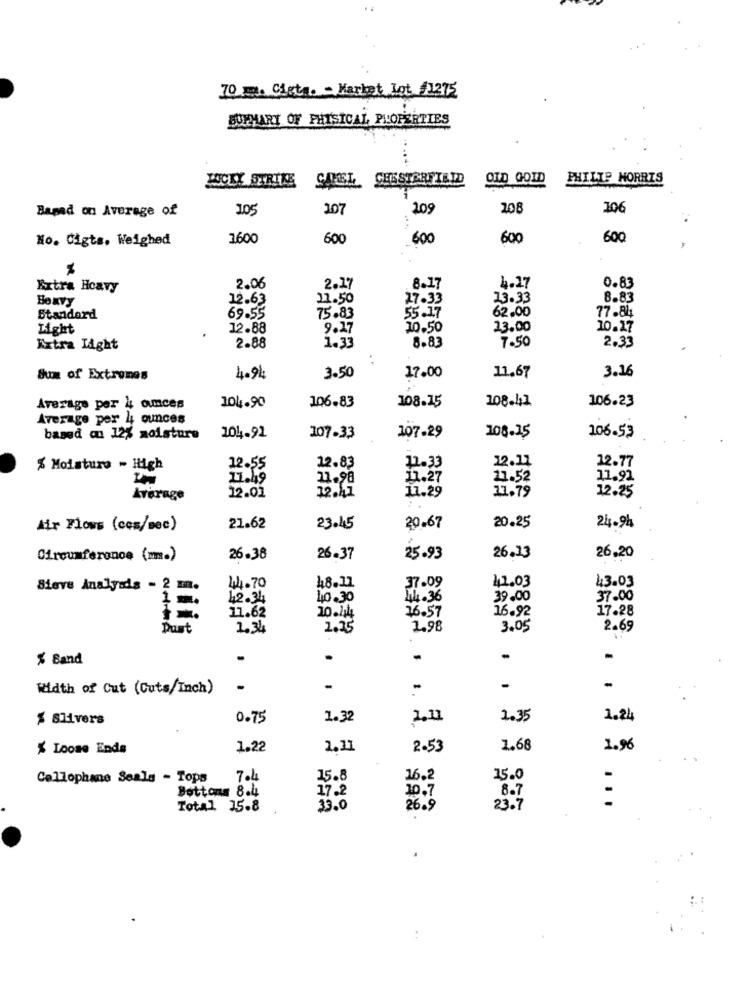
70 m. Cist. - Market Lot #1275
SUMMARY OF PHYSICAL PROPERTIES
LUCKY STRIKE
CHESTERFIELD
OID GOID
PHILIP MORRIS
Based on Average of
105
107
109
208
106
No. Cigta. Weighed
1600
600
600
600
600
4.27
Extra Heavy
2.06
2.27
8.17
0.83
Boxvy
12.63
21.50
27.33
13.33
8.83
55.17
62.00
77.84
Standard
69.55
75.83
Light
12.88
9.27
10.50
23.00
10.17
1.33
8.83
7.50
Extra Light
2.88
2.33
. .
3.50
3.16
Sum of Extremas
4.94
17.00
11.67
106.83
108.41
106.23
Average per À omces
104.90
108.15
Average per 4 ounces
based on 12% moisture
104.91
107-33
107.29
108.25
106.53
12.11
12.77
% Moisture - High
12.55
12.83
11.33
11.49
21.98
11.27
21.52
11.91
12.41
11.29
11.79
12.25
Average
12.01
20.25
Air Flows (ces/sec)
21.62
23.45
20.67
24.94
Circumference (m.)
26.38
26-37
25.93
26.13
26,20
Wh.70
41.03
43.03
Sieve Analysds - 2 m.
48.11
37.09
42.34
10.30
14.36
39.00
37.00
1 =.
10.114
16.57
16.92
17.28
11.62
Dust
1.34
1.25
1.98
3.05
2.69
% Band
Width of Cut (Cuts/Inch)
-
-
-
-
-
$ Slivers
0.75
1.32
2.11
1.35
1.24
% Loose Ends
1.22
1.11
2-53
1.68
1.96
Cellophane Seals - Tops
7.4
15.8
16.2
15.0
Bottoms 8.4
17.2
8.7
10.7
Total 15.8
33.0
26.9
23.7
...